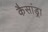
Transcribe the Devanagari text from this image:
कैसांड्रा